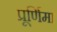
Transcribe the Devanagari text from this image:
प्रूर्णिमा